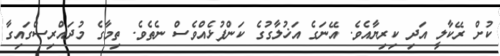
ކުށް ރޭކާލީ އަދި ކިރިޔާއެވެ. އޭނަގެ އަޚުލާގުގެ ކަންފުޅެއްވެސް ނެތެވެ. ތިމާގެ މުދައްރިސްގައިގާ